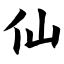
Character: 仙